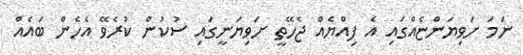
ނަމަ ށަވިޔަންޏެއްގައި އެ ފިއްޔެއް ޖެހޭތީ ށަވިޔަނީގައި ސުކުން ކުރެވޭ އެހެން ބައެއް